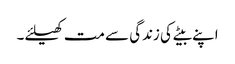
اپنے بیٹے کی زندگی سے مت کھیلئے۔